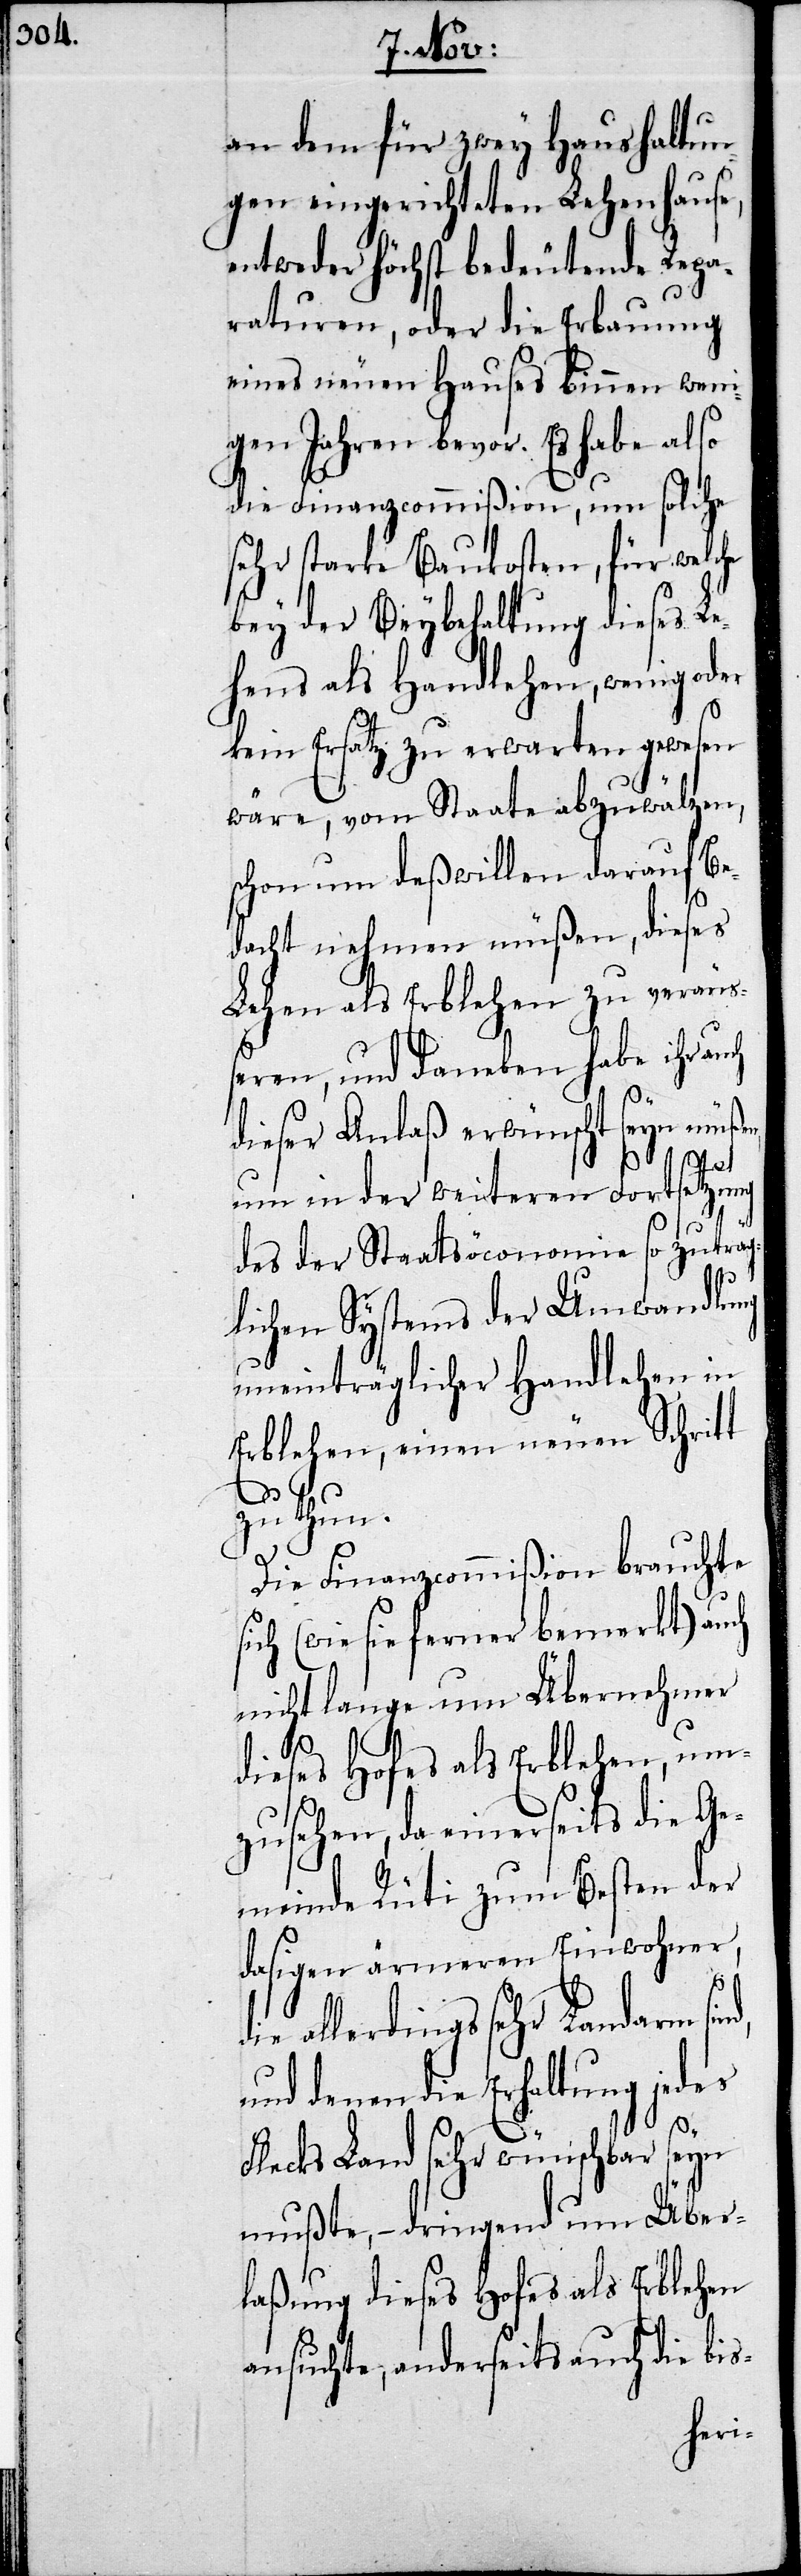
an dem für zwey Haushaltun¬
gen eingerichteten Lehenhause,
entweder höchst bedeutende Repa¬
raturen, oder die Erbauung
eines neuen Hauses binnen weni¬
gen Jahren bevor. Es habe also
die Finanzcommißion, um solche
sehr starke Baukosten, für welche
bey der Beybehaltung dieses Le¬
hens als Handlehen, wenig oder
kein Erfolg zu erwarten gewesen
wäre, vom Staate abzuwälzen,
schon um deßwillen daran Be¬
dacht nehmen müßen, dieses
Lehen als Erblehen zu veräuß¬
eren, und daneben habe ihr auch
dieser Anlaß erwünscht seyn müßen,
um in der weiteren Fortsetzung
d,
des der Staatsöconomie so zuträg¬
lichen Systems der Umwandlung
uneinträglicher Handlehen in
Erblehen, einen neuen Schritt
zu thun.
Die Finanzcommißion brauchte
sich (wie sie ferner bemerkt) auch
nicht lange um Übernahme
dieses Hofes als Erblehen, um¬
zusehen, da einerseits die Ge¬
meinde Rüti zum Besten der
dasigen ärmeren Einwohner,
die allerdings sehr Landarm sin¬
und denen die Erhaltung jedes
Flecks Land sehr wünschbar seyn
mußte, – dringend um Über¬
laßung dieses Hofes als Erblehen
ansuchte, anderseits auch die bis-